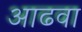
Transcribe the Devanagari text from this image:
आढवा